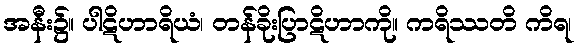
အနီး၌။ ပါဋိဟာရိယံ၊ တန်ခိုးပြာဋိဟာကို။ ကရိဿတိ ကိရ၊